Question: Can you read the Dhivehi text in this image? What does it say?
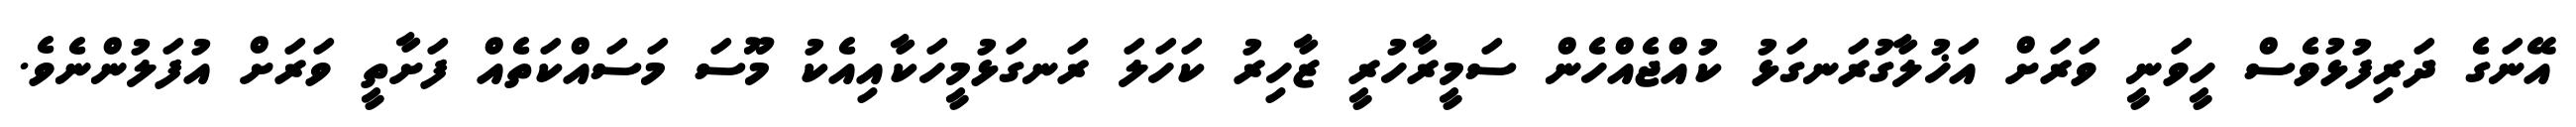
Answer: އޭނަގެ ދަރިފުޅުވެސް ހީވަނީ ވަރަށް އަޚުލާގުރަނގަޅު ކުއްޖެއްހެން ސަމީރާހުރީ ޒާހިރު ކަހަލަ ރަނގަޅުމީހަކާއިއެކު މޫސަ މަސައްކަތެއް ފަށާތީ ވަރަށް އުފަލުންނެވެ.